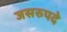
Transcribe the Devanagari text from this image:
जसरुपदे